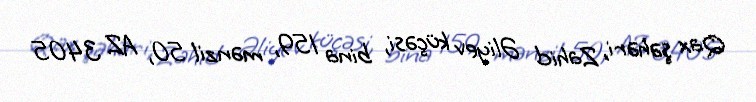
Qax şəhəri, Zahid Əliyev küçəsi, bina 159, mənzil 50, AZ 3405